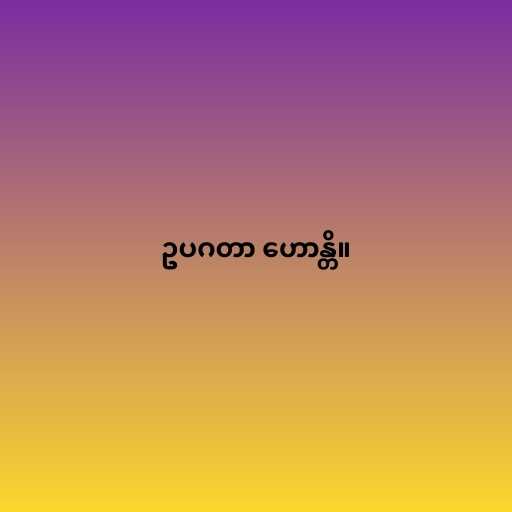
ဥပဂတာ ဟောန္တိ။